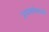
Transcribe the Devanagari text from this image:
जनसरोकारों